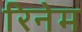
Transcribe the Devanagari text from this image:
रिनेम